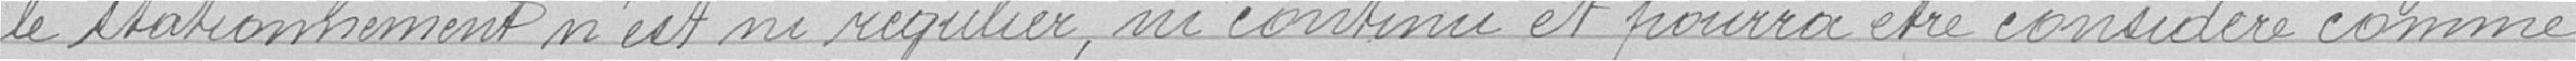
le stationnement n'est ni régulier, ni continue et pourra être considéré comme